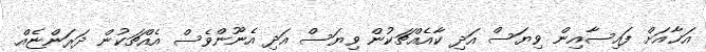
އަޚާއަށް ފައިސާއިން ވިޔަސް އަދި ކާއެއްޗަކުން ވިޔަސް އަދި އެނޫންވެސް އެއްޗަކުން ދަރަންޏެއް